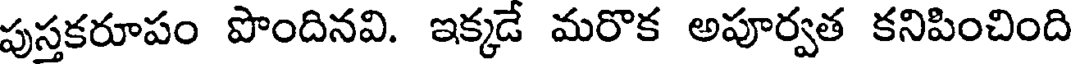
పుస్తకరూపం పొందినవి. ఇక్కడే మరొక అపూర్వత కనిపించింది